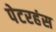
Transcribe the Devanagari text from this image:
पेटरहंस